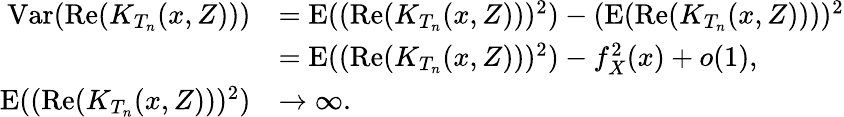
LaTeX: \begin{array}{rl}{\mathrm{Var}(\mathrm{Re}(K_{T_{n}}(x,Z)))}&{=\mathrm{E}((\mathrm{Re}(K_{T_{n}}(x,Z)))^{2})-(\mathrm{E}(\mathrm{Re}(K_{T_{n}}(x,Z))))^{2}}\\ &{=\mathrm{E}((\mathrm{Re}(K_{T_{n}}(x,Z)))^{2})-f_{X}^{2}(x)+o(1),}\\ {\mathrm{E}((\mathrm{Re}(K_{T_{n}}(x,Z)))^{2})}&{\rightarrow\infty.}\end{array}